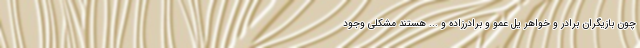
چون بازیگران برادر و خواهر یل عمو و برادرزاده و ... هستند مشکلی وجود